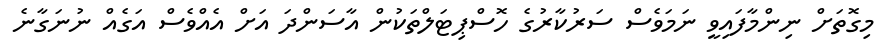
މިގޮތަށް ނިންމާފައިވީ ނަމަވެސް ސަރުކާރުގެ ހޮސްޕިޓަލްތަކުން އާސަންދަ އަށް އެއްވެސް އަގެއް ނުނަގާނެ